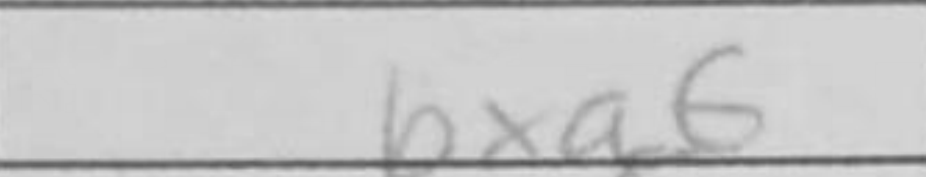
Transcription: bxa6